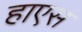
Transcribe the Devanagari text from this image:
हाएस